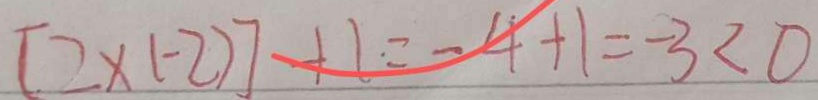
[ 2 \times ( - 2 ) ] + 1 = - 4 + 1 = - 3 < 0